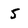
Character: 5